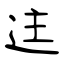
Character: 迬